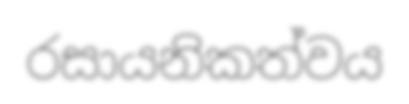
රසායනිකත්වය